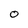
Character: O